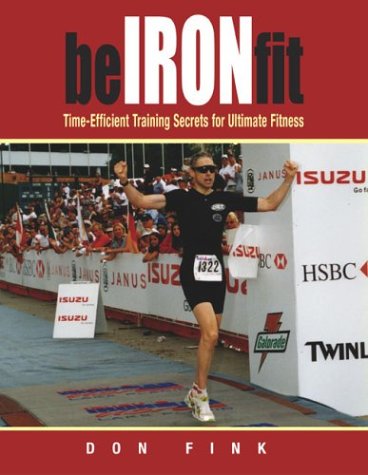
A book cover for Be Iron-Fit: Time-Efficient Training Secrets for Ultimate Fitness; Don Fink; Health, Fitness & Dieting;